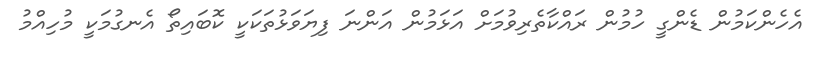
އެހެންކަމުން ޑެންގީ ހުމުން ރައްކާތެރިވުމަށް އަޅަމުން އަންނަ ފިޔަވަޅުތަކަކީ ކޮބައިތޯ އެނގުމަކީ މުހިއްމު